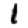
Digit: 1